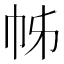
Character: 𢂍